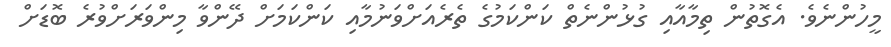
މީހުންނެވެ. އެގޮތުން ތިމާއާއި ގުޅުންނެތް ކަންކަމުގެ ތެރެއަށްވަނުމާއި ކަންކަމަށް ދޭންވާ މިންވަރަށްވުރެ ބޮޑަށް